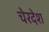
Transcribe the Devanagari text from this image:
चेरदेश